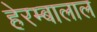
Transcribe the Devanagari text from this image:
हेरम्बालाल